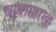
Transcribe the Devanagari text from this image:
वाघासारखा